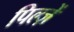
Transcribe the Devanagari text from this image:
पिल्ज़ें